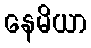
နေမိယာ